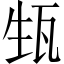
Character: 𱰈